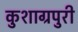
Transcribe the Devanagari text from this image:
कुशाग्रपुरी